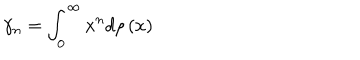
\gamma _ { n } = \int _ { 0 } ^ { \infty } x ^ { n } d \rho \left( x \right)